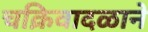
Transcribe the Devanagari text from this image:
चक्रिवादळाने